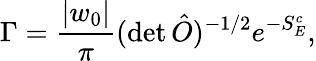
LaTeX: \Gamma={\frac{|w_{0}|}{\pi}}(\operatorname*{det}\hat{O})^{-1/2}e^{-S_{E}^{c}},